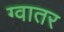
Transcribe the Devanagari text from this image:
ग्वातर